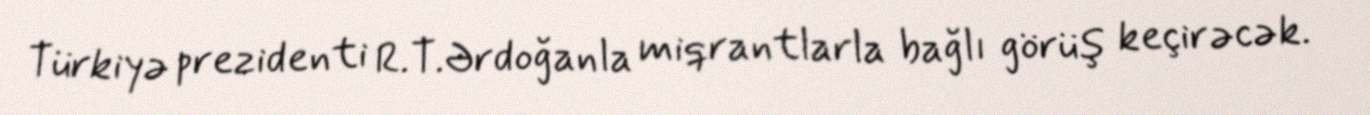
Türkiyə prezidenti R.T.Ərdoğanla miqrantlarla bağlı görüş keçirəcək.